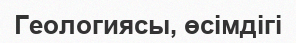
Геологиясы, өсімдігі